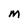
Character: M